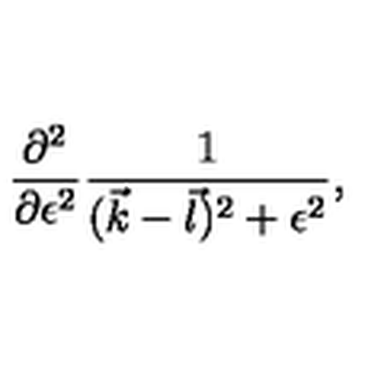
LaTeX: { \frac { \partial ^ { 2 } } { \partial \epsilon ^ { 2 } } } { \frac { 1 } { ( { \vec { k } } - { \vec { l } } ) ^ { 2 } + \epsilon ^ { 2 } } } ,